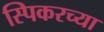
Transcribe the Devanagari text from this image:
स्पिकरच्या